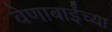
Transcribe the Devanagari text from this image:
वेणाबाईंच्या